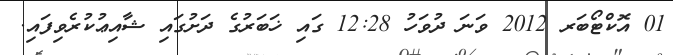
01 އޮކްޓޯބަރ 2012 ވަނަ ދުވަހު 12:28 ގައި ޚަބަރުގެ ދަށުގައި ޝާއިޢުކުރެވިފައި.